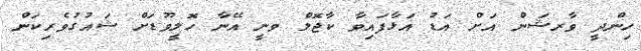
ހިންދީ ވާރޝަން އަށް އަޑު އަޅާފައިވާ ކާޖޮލް ވނީ އޭނާ ހޮލީވޫޑަށް ޝައުގުވެރިކަން